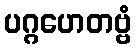
ပဂ္ဂဟေတဗ္ဗံ